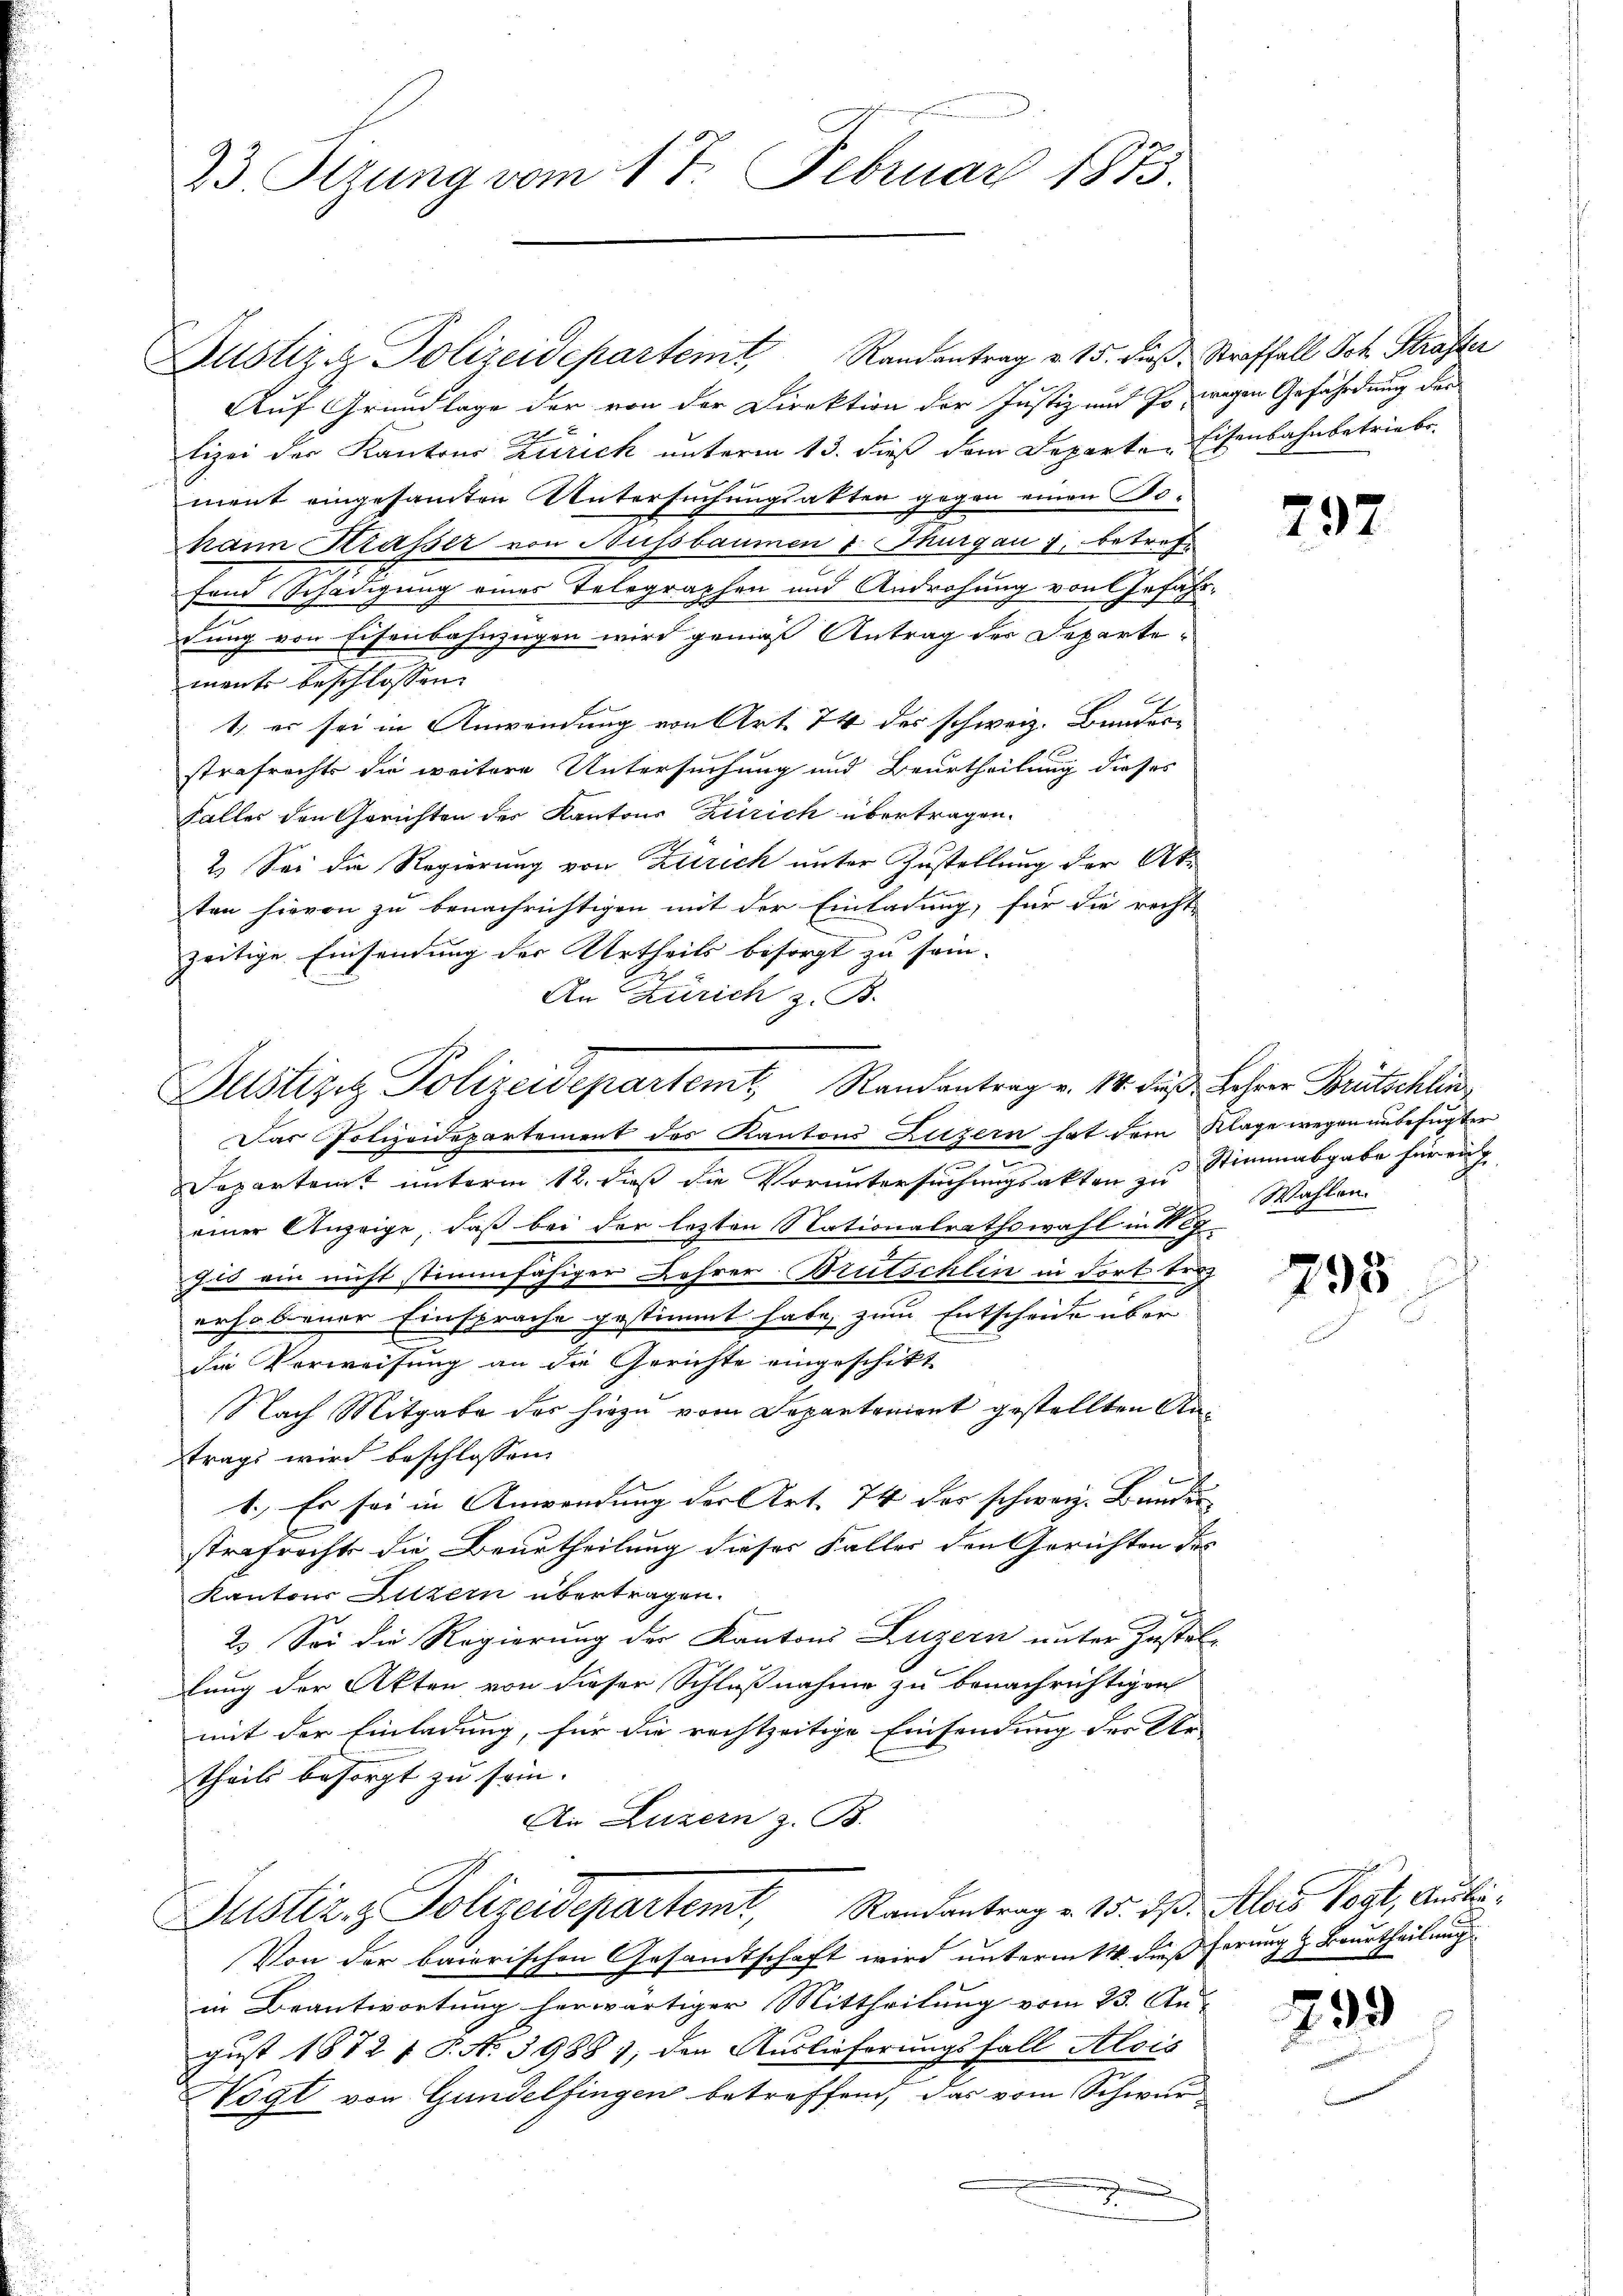
23. Ozung vom 17. Februar 1873.

Justiz & Polizeidepartemt, Randantrag v. 15. dieß: Straffall Sch. Strafter
Auf Grundlage der von der Direktion der Justiz und so, wegen Gefährdung der
lizei der Kantons Zürich unterm 13. dieß dem Departe Eisenbahnbetriebe.
ment eingesamten Untersuchungsakten gegen einen Tohann Krasser von Aussbaumen & Thurgau 7, betreff
fand Schädigung eines Telegraphen und Androhung von Gefahrdung von Eisenbahnzügen wird genig Antrag der Departements beschlossen:
1. er sei in Anwendung von Art. 74 des schweiz. Bunder-
strafrechte die weitere Untersuchung und Beurtheilung dieses
Falles den Gerichten der Kantons Zürich übertragen.
2. Sei die Regierung von Zürich unter Zustellung der Akten hievon zu benachrichtigen mit der Einladung, für die rechte
zeitige Einsendung der Urtheils besorgt zu sein-
An Zürich z. B.

Das Polizeidepartement des Kantons Luzern hat dem Klage wegen unbefugter
s
Separtamt unterm 12. dieß die Voruntersuchungsakten zu Stimmabgabe für ei
einer Anzeige, daß bei der lezten Nationalrathswahl in Neg
gis ein nicht stimmfähiger Lehrer Brutschlin in dort bei
erhobener Einsprache gestimmt habe, zum Entscheide über
die Verweisung an die Gerichte eingeschikt
Nach Mitgabe des hiezu vom Departonient gestellten Antrags wird beschlossen:
t
1.) Es sei in Anwendung der Art. 74 des schweiz. Bundes
strafrecht die Beurtheilung dieser Faller den Gerichten des
Kantons Luzern übertragen.
2. Sei die Regierung der Kantons Luzern unter Zustellung der Akten von dieser Schlußnahme zu benachrichtigen
mit der Einladung, für die rechtzeitige Einsendung der Ur-
theils besorgt zu sein.
An Luzern z. B.
Justiz & Polizeidepartemt, Randantrag v. 15. ds. Alois Vogt, Ausblei¬
Von der baierischen Gesandtschaft wird unterm 14. dieß herung & Beurtheilung
in Beantwortung herwärtiger Mittheilung vom 23. Au-
gust 1872 f. P. No 3988), den Auslieferungsfall Alois
Vogt von Gandelfingen betreffend, das vom Schwur

Justizig Polizeidepartemt, Randantrag v. M. das Lehrer Brütschlin

797

Wahlen.

798

799